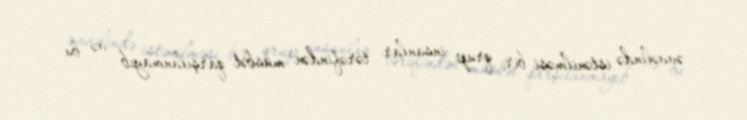
əvvəlində istənilməsi bir qrup insanlar tərəfindən müsbət qarşılanmayıb və bu